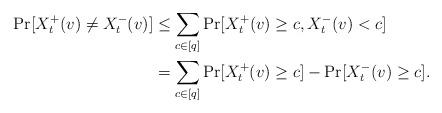
LaTeX: \begin{align*}\Pr[X_t^+(v) \neq X_t^-(v)] &\le \sum_{c\in [q]} \Pr[X_t^+(v) \ge c, X_t^-(v) < c] \\ &= \sum_{c\in [q]} \Pr[X_t^+(v) \ge c] - \Pr[X_t^-(v) \ge c]. \end{align*}